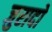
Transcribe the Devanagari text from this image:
जुरादो